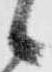
候